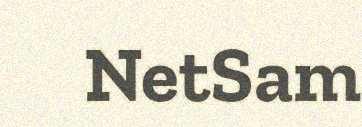
NetSam